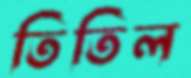
তিতিল